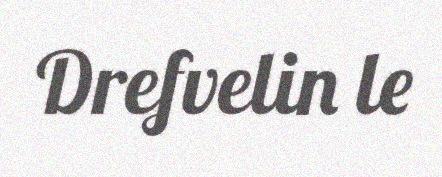
Drefvelin le